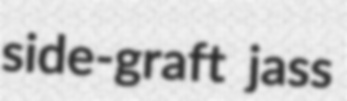
side-graft jass